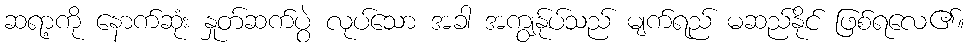
ဆရာ့ကို နောက်ဆုံး နှုတ်ဆက်ပွဲ လုပ်သော အခါ အကျွန်ုပ်သည် မျက်ရည် မဆည်နိုင် ဖြစ်ရလေ၏။